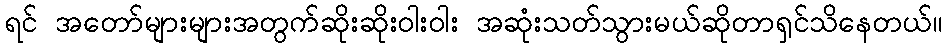
ရင် အတော်များများအတွက်ဆိုးဆိုးဝါးဝါး အဆုံးသတ်သွားမယ်ဆိုတာရှင်သိနေတယ်။